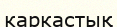
каркастық